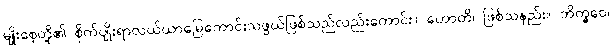
မျိုးစေ့တို့၏ စိုက်ပျိုးရာလယ်ယာမြေကောင်းသဖွယ်ဖြစ်သည်လည်းကောင်း။ ဟောတိ၊ ဖြစ်သနည်း။ ဘိက္ခဝေ၊